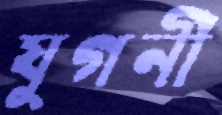
যুগনী